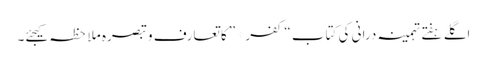
اگلے ہفتے تہمینہ درانی کی کتاب “کفر* ” کا تعارف و تبصرہ ملاحظہ کیجئے۔